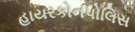
હાયરકોનપોલિસ